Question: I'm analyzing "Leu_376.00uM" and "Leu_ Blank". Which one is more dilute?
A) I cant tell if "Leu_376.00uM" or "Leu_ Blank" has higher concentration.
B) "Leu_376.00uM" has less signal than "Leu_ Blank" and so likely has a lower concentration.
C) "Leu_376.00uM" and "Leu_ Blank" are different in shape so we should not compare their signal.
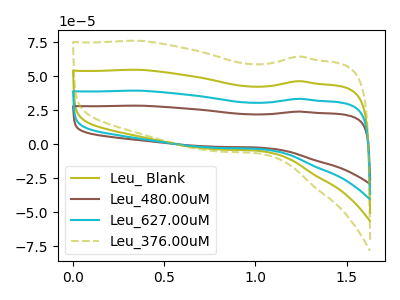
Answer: <think>The olive curve "Leu_ Blank" has no peaks. The brown curve "Leu_480.00uM" has no peaks. The cyan curve "Leu_627.00uM" has no peaks. The olive dashed curve "Leu_376.00uM" has no peaks.
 Neither "Leu_376.00uM" or "Leu_ Blank" have any peaks.</think>
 <answer>A) I cant tell if "Leu_376.00uM" or "Leu_ Blank" has higher concentration.</answer>
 <eval>A</eval>